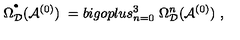
\Omega _ { { \mathcal D } } ^ { ^ { \bullet } } ( { \mathcal A } ^ { ( 0 ) } ) \ = b i g o p l u s _ { n = 0 } ^ { 3 } \ \Omega _ { { \mathcal D } } ^ { n } ( { \mathcal A } ^ { ( 0 ) } ) \ ,